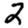
Digit: 2